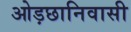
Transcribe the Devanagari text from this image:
ओड़छानिवासी